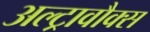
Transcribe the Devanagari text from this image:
अल्ट्रावौक्स